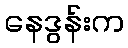
နေဒွန်းက